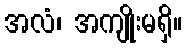
အလံ၊ အကျိုးမရှိ။